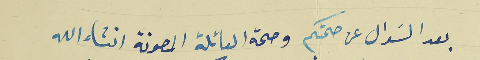
بعد السَوال عن صحتكم وصحة العائلة المصونة انشاءالله